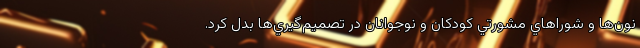
نون‌ها و شوراهاي مشورتي كودكان و نوجوانان در تصميم‌گيري‌ها بدل كرد.